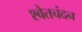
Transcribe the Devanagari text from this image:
श्‍वेतचंदन